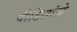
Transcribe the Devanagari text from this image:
पीडितांचे